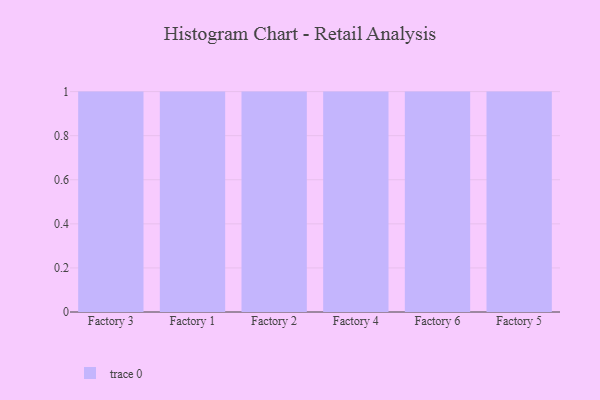
{"axis": {"x": "Factory", "y": "Operating Costs (USD K)"}, "legend": [""], "data": [{"x": "Factory 3", "y": 47, "type": ""}, {"x": "Factory 1", "y": 41, "type": ""}, {"x": "Factory 2", "y": 97, "type": ""}, {"x": "Factory 4", "y": 15, "type": ""}, {"x": "Factory 6", "y": 87, "type": ""}, {"x": "Factory 5", "y": 45, "type": ""}]}